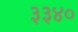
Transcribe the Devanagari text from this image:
३३४०